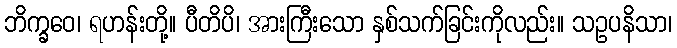
ဘိက္ခဝေ၊ ရဟန်းတို့။ ပီတိပိ၊ အားကြီးသော နှစ်သက်ခြင်းကိုလည်း။ သဥပနိသာ၊